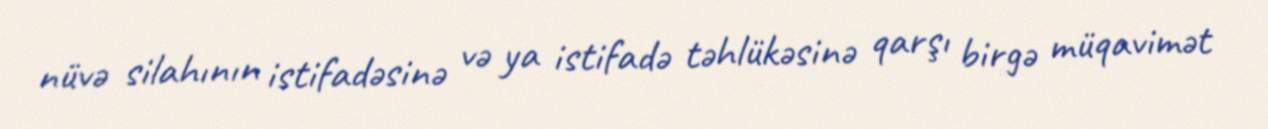
nüvə silahının istifadəsinə və ya istifadə təhlükəsinə qarşı birgə müqavimət